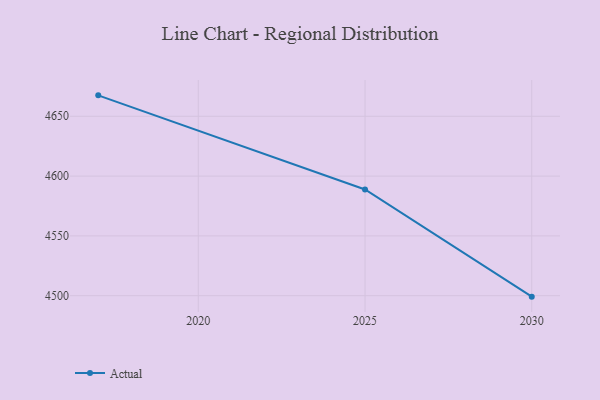
{"axis": {"x": "Year", "y": "Conversion Rate (%)"}, "legend": ["Actual"], "data": [{"x": "2030", "y": 4499.2, "type": "Actual"}, {"x": "2025", "y": 4588.8, "type": "Actual"}, {"x": "2017", "y": 4667.5, "type": "Actual"}]}